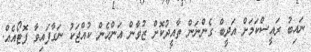
ނައިބު ރައީސްކަމަށް އަދީބް ގެންނަން ތާއީދުކޮށް ޒުވާން އަަންހެން ކުއްޖަކު ނަގާފައިވާ ފޮޓޯއެއް.